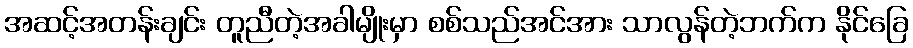
အဆင့်အတန်းချင်း တူညီတဲ့အခါမျိုးမှာ စစ်သည်အင်အား သာလွန်တဲ့ဘက်က နိုင်ခြေ